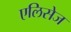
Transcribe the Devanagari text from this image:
एलिसेज